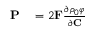
\begin{array} { r l } { \mathbf { P } } & { { } = 2 \mathbf { F } \frac { \partial \rho _ { 0 } \varphi } { \partial \mathbf { C } } } \end{array}